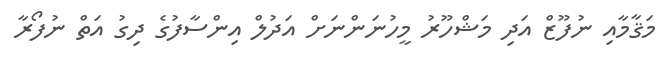
މަޤާމާއި ނުފޫޒް އަދި މަޝްހޫރު މީހުނަންނަށް އަދުލް އިންސާފުގެ ދިގު އަތް ނުފޯރާ